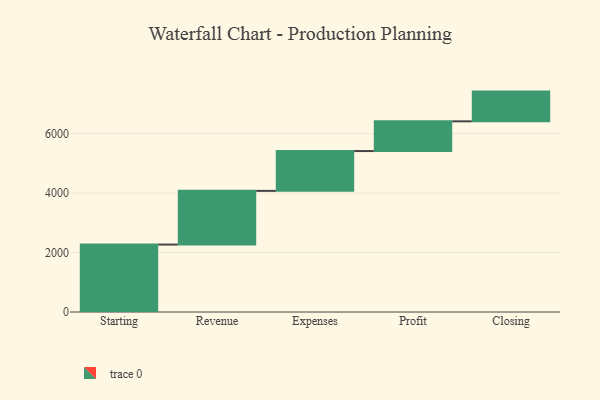
{"axis": {"x": "Step", "y": "Value"}, "legend": [""], "data": [{"x": "Starting", "y": 2268.0, "type": ""}, {"x": "Revenue", "y": 1806.0, "type": ""}, {"x": "Expenses", "y": 1339.0, "type": ""}, {"x": "Profit", "y": 1000, "type": ""}, {"x": "Closing", "y": 1000, "type": ""}]}